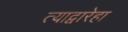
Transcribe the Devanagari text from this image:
त्याद्वारेहा